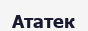
Ататек